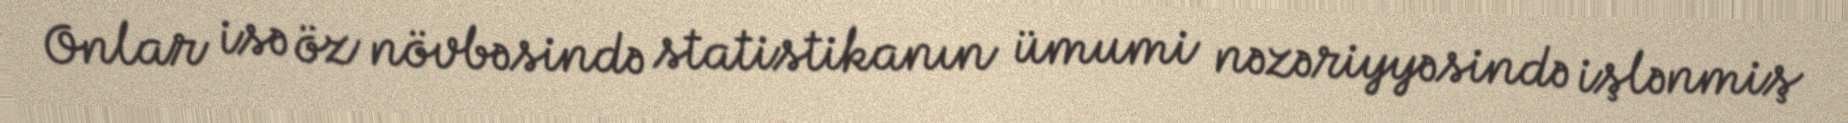
Onlar isə öz növbəsində statistikanın ümumi nəzəriyyəsində işlənmiş